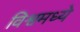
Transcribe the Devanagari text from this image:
विश्वमध्ये